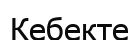
Кебекте